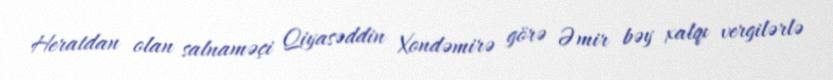
Heratdan olan salnaməçi Qiyasəddin Xondəmirə görə Əmir bəy xalqı vergilərlə